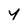
Character: y